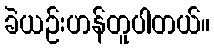
ခဲယဉ်းဟန်တူပါတယ်။